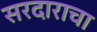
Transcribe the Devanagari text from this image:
सरदाराचा